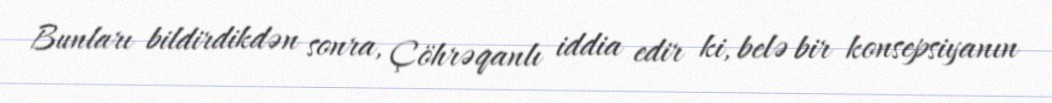
Bunları bildirdikdən sonra, Çöhrəqanlı iddia edir ki, belə bir konsepsiyanın